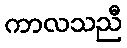
ကာလသညီ